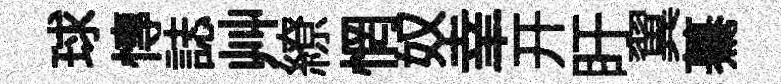
球慱誌艸繚惘奴𦍒开盱翼驀